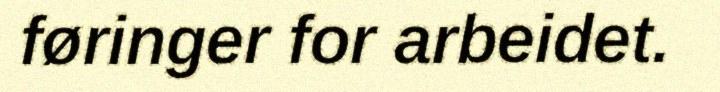
føringer for arbeidet.